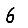
Digit: 6